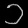
Digit: ၁